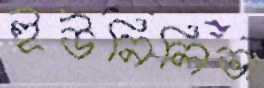
ইউনিলিভা